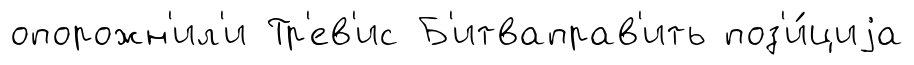
опорожн'ил'и Тр'ев'ис Б'итваправ'ить поз'и́циjа